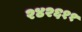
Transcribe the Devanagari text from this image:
२४२६११